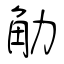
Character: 觔